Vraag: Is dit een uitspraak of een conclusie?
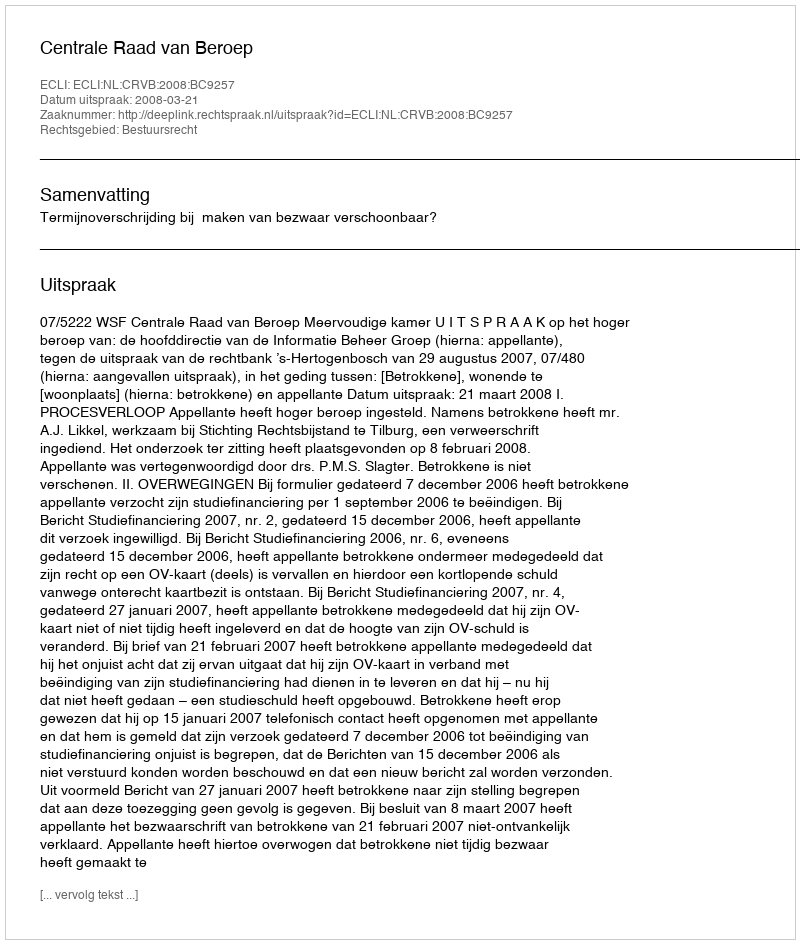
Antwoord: Uitspraak